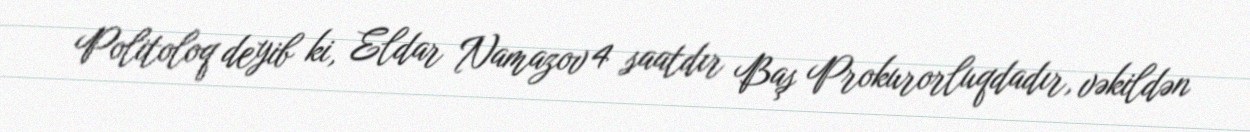
Politoloq deyib ki, Eldar Namazov 4 saatdır Baş Prokurorluqdadır, vəkildən